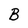
Character: B